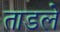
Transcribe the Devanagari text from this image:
ताडले